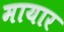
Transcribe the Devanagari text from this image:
मायार